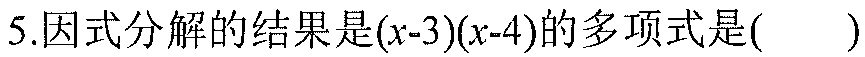
5.因式分解的结果是\((x - 3)(x - 4)\)的多项式是( )